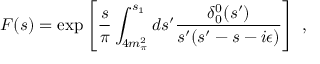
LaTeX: F ( s ) = \exp \left[ \frac { s } { \pi } \int _ { 4 m _ { \pi } ^ { 2 } } ^ { s _ { 1 } } d s ^ { \prime } \frac { \delta _ { 0 } ^ { 0 } ( s ^ { \prime } ) } { s ^ { \prime } ( s ^ { \prime } - s - i \epsilon ) } \right] \ ,